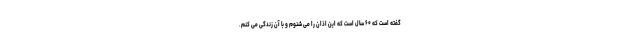
گفته است که ۶۰ سال است که این اذان را می شنوم و با آن زندگی می کنم.